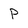
Character: p